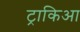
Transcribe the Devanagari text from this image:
ट्राकिआ